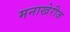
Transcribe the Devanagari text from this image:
मनाखेरीज